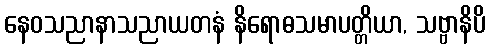
နေဝသညာနာသညာယတနံ နိရောဓသမာပတ္တိယာ, သဗ္ဗာနိပိ